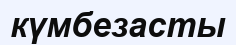
күмбезасты